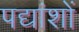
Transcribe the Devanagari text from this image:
पद्यांशों